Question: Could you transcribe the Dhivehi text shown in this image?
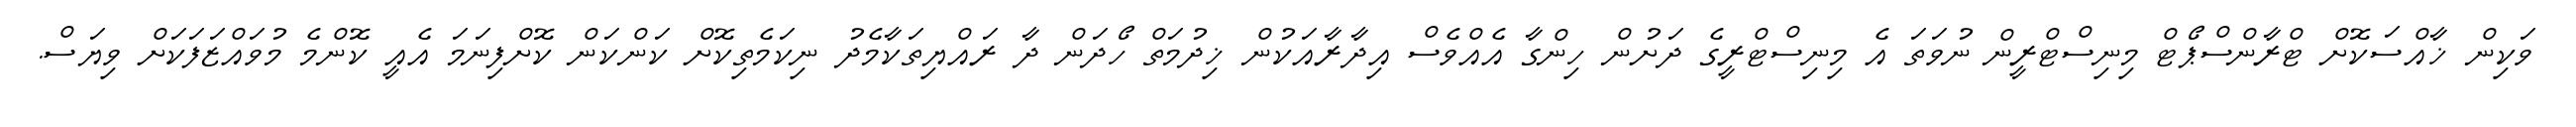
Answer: ވަކިން ޚާއްސަކޮށް ޓްރާންސްޕޯޓް މިނިސްޓްރީން ނުވަތަ އެ މިނިސްޓްރީގެ ދަށުން ހިންގާ އެއްވެސް އިދާރާއަކުން ޚިދުމަތް ހޯދަން ދާ ރައްޔިތަކާމެދު ނިކަމެތިކޮށް ކަންކަން ކޮށްފިނަމަ އެއީ ކޮންމެ މުވައްޒަފަކަށް ވިޔަސް.